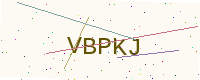
Text: VBPKJ